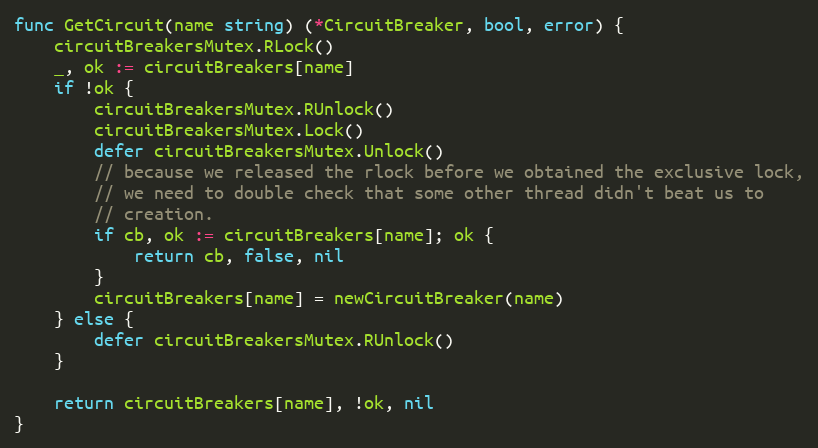
Language: Go
func GetCircuit(name string) (*CircuitBreaker, bool, error) {
	circuitBreakersMutex.RLock()
	_, ok := circuitBreakers[name]
	if !ok {
		circuitBreakersMutex.RUnlock()
		circuitBreakersMutex.Lock()
		defer circuitBreakersMutex.Unlock()
		// because we released the rlock before we obtained the exclusive lock,
		// we need to double check that some other thread didn't beat us to
		// creation.
		if cb, ok := circuitBreakers[name]; ok {
			return cb, false, nil
		}
		circuitBreakers[name] = newCircuitBreaker(name)
	} else {
		defer circuitBreakersMutex.RUnlock()
	}

	return circuitBreakers[name], !ok, nil
}